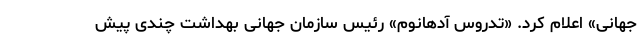
جهانی» اعلام کرد. «تدروس آدهانوم» رئیس سازمان جهانی بهداشت چندی پیش